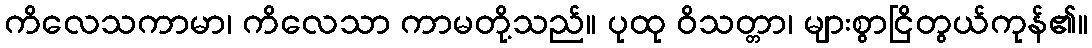
ကိလေသကာမာ၊ ကိလေသာ ကာမတို့သည်။ ပုထု ဝိသတ္တာ၊ များစွာငြိတွယ်ကုန်၏။